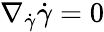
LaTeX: \nabla_{\dot{\gamma}}{\dot{\gamma}}=0